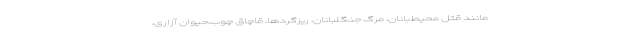
مانند قتل محیط‌بانان، مرگ جنگلبانان، ریزگردها، قاچاق چوب،حیوان آزاری،